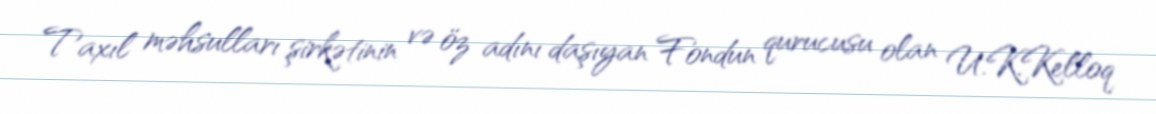
Taxıl məhsulları şirkətinin və öz adını daşıyan Fondun qurucusu olan U.K.Kelloq